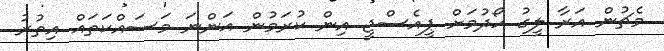
މެޗުން އަރާ ލީގު ހޯދުމަށް ޕީއެސްޖީ އިން ކުރަމުން އަންނަ މަސައްކަތައް އިތުރު